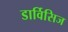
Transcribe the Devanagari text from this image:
डार्विसिज